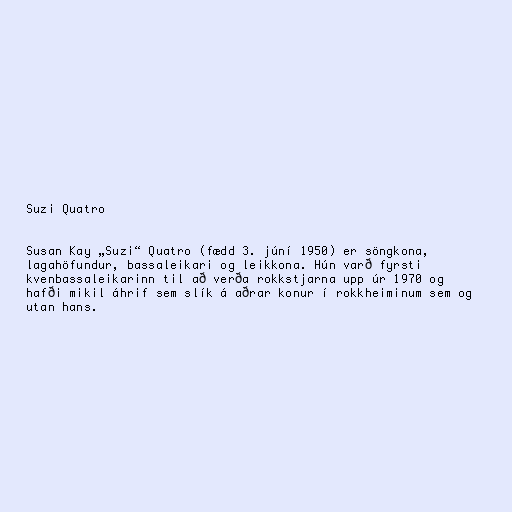
Suzi Quatro

Susan Kay „Suzi“ Quatro (fædd 3. júní 1950) er söngkona,
lagahöfundur, bassaleikari og leikkona. Hún varð fyrsti
kvenbassaleikarinn til að verða rokkstjarna upp úr 1970 og
hafði mikil áhrif sem slík á aðrar konur í rokkheiminum sem og
utan hans.